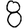
Digit: 8